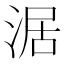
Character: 涺